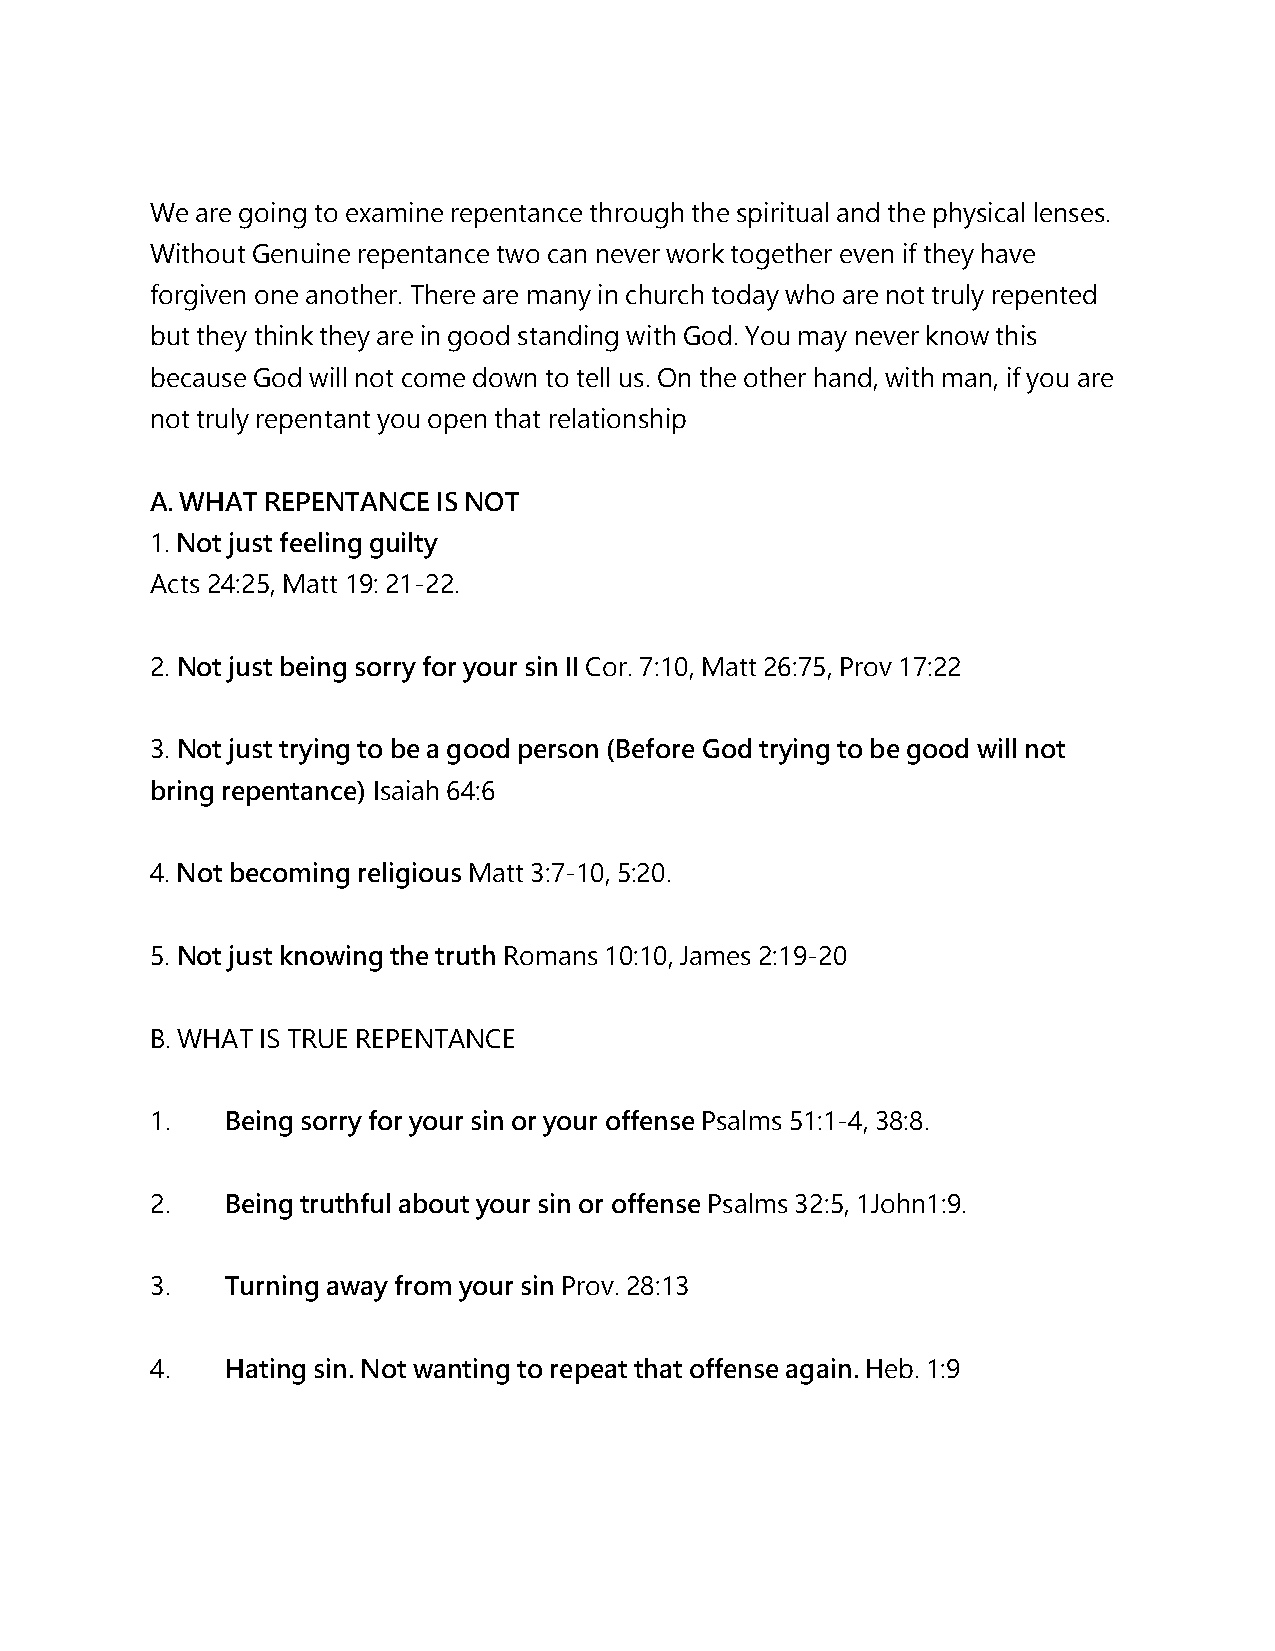
We are going to examine repentance through the spiritual and the physical lenses.
 Without Genuine repentance two can never work together even if they have
 forgiven one another. There are many in church today who are not truly repented
 but they think they are in good standing with God. You may never know this
 because God will not come down to tell us. On the other hand, with man, if you are
 not truly repentant you open that relationship
 A. WHAT REPENTANCE IS NOT
 1. Not just feeling guilty
 Acts 24:25, Matt 19: 21-22.
 2. Not just being sorry for your sin II Cor. 7:10, Matt 26:75, Prov 17:22
 3. Not just trying to be a good person (Before God trying to be good will not
 bring repentance) Isaiah 64:6
 4. Not becoming religious Matt 3:7-10, 5:20.
 5. Not just knowing the truth Romans 10:10, James 2:19-20
 B. WHAT IS TRUE REPENTANCE
 1.   Being sorry for your sin or your offense Psalms 51:1-4, 38:8.
 2.   Being truthful about your sin or offense Psalms 32:5, 1John1:9.
 3.   Turning away from your sin Prov. 28:13
 4.   Hating sin. Not wanting to repeat that offense again. Heb. 1:9